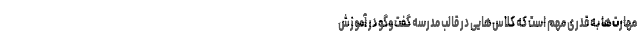
مهارت‌ها به قدری مهم است که کلاس‌هایی در قالب مدرسه گفت‌وگو در آموزش